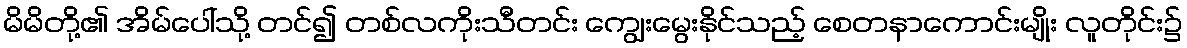
မိမိတို့၏ အိမ်ပေါ်သို့ တင်၍ တစ်လကိုးသီတင်း ကျွေးမွေးနိုင်သည့် စေတနာကောင်းမျိုး လူတိုင်း၌